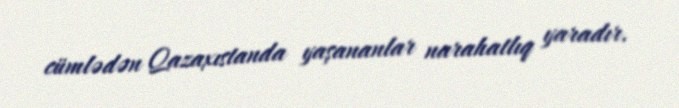
cümlədən Qazaxıstanda yaşananlar narahatlıq yaradır.